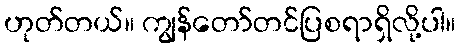
ဟုတ်တယ်။ ကျွန်တော်တင်ပြစရာရှိလို့ပါ။